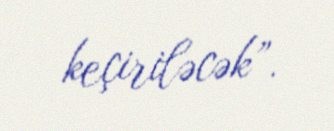
keçiriləcək”.